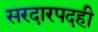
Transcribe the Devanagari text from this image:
सरदारपदही